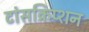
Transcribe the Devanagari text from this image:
टांसक्रिप्शन